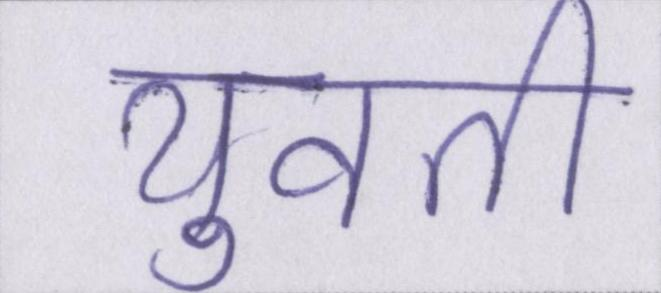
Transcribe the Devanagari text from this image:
युवती